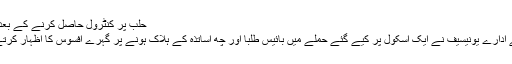
حلب پر کنٹرول حاصل کرنے کے بعد شامی فوج کا نشانہ ادلب ہو گا
اقوام متحدہ کے بہبود اطفال کے ادارے یونیسیف نے ایک اسکول پر کیے گئے حملے میں بائیس طلبا اور چھ اساتذہ کے ہلاک ہونے پر گہرے افسوس کا اظہار کرتے ہوئے اِس کی مذمت کی ہے۔